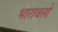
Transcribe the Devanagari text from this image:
भारावलो